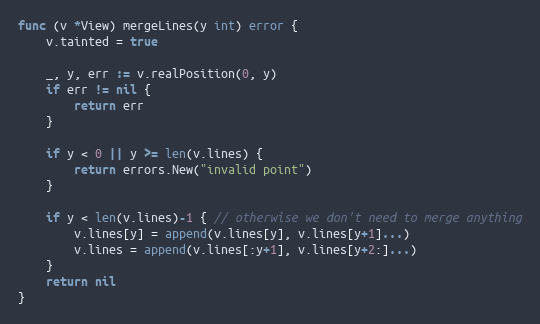
Language: Go
func (v *View) mergeLines(y int) error {
	v.tainted = true

	_, y, err := v.realPosition(0, y)
	if err != nil {
		return err
	}

	if y < 0 || y >= len(v.lines) {
		return errors.New("invalid point")
	}

	if y < len(v.lines)-1 { // otherwise we don't need to merge anything
		v.lines[y] = append(v.lines[y], v.lines[y+1]...)
		v.lines = append(v.lines[:y+1], v.lines[y+2:]...)
	}
	return nil
}